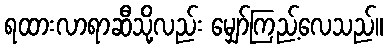
ရထားလာရာဆီသို့လည်း မျှော်ကြည့်လေသည်။